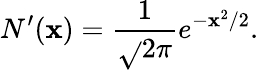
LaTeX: N^{\prime}(\mathbf{x})={\frac{{1}}{{\sqrt{}{{2\pi}}}}}e^{-\mathbf{x}^{2}/2}.